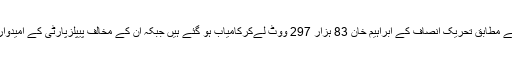
شجاع آبادکے قومی اسمبلی کے حلقے158کے غیرحتمی غیرسرکاری نتائج کے مطابق تحریک انصاف کے ابراہیم خان 83 ہزار 297 ووٹ لےکرکامیاب ہو گئے ہیں جبکہ ان کے مخالف پیپلزپارٹی کے امیدوار اور سابق وزیرعظم یوسف رضاگیلانی 73 ہزار 985 ووٹ حاصل کرسکے۔